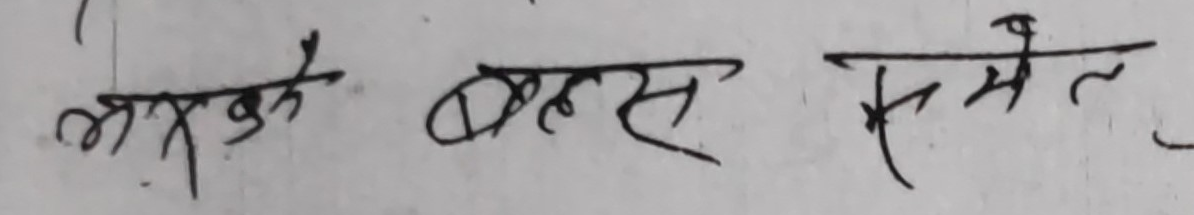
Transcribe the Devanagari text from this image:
भ्रुकुटे बहस समेल